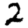
Digit: 2